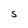
Character: S